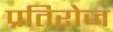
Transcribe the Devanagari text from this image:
प्रतिरोज